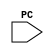
`timescale 1ns / 1ps
//////////////////////////////////////////////////////////////////////////////////
// Company: 
// Engineer: 
// 
// Design Name: 
// Module Name:    Instruction_Decode 
// Project Name: 
// Target Devices: 
// Tool versions: 
// Description: 
//
// Dependencies: 
//
// Revision: 
// Revision 0.01 - File Created
// Additional Comments: 
//
//////////////////////////////////////////////////////////////////////////////////
module Instruction_Decode(
		input[31:0] PC
    );


endmodule